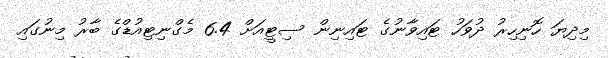
މިދިޔަ ހޮނިހިރު ދުވަހު ޓައިވާނުގެ ޓައިނިން ސިޓީއަށް 6.4 މެގްނިޓިއުޑްގެ ބާރު މިނުގައި